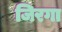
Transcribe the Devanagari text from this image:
जिरगा